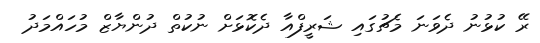
ރޭ ކުޅުނު ދެވަނަ މެޗުގައި ޝަރީފްއާ ދެކޮޅަށް ނުކުތް ދުންޔާޒް މުހައްމަދު